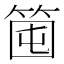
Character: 𥭒